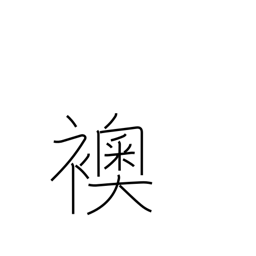
Meaning: opaque sliding door